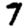
Digit: 7